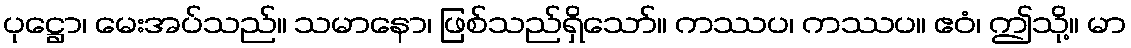
ပုဋ္ဌော၊ မေးအပ်သည်။ သမာနော၊ ဖြစ်သည်ရှိသော်။ ကဿပ၊ ကဿပ။ ဧဝံ၊ ဤသို့။ မာ